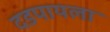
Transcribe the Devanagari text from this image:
दडपायला